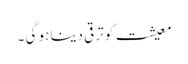
معیشت کو ترقی دینا ہو گی ۔